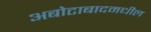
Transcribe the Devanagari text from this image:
अबोटाबादमधील